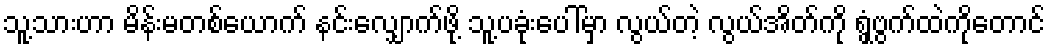
သူ့သားဟာ မိန်းမတစ်ယောက် နင်းလျှောက်ဖို့ သူ့ပခုံးပေါ်မှာ လွယ်တဲ့ လွယ်အိတ်ကို ရွှံ့ဗွက်ထဲကိုတောင်